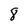
Character: 8